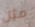
مثل